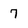
Character: 7